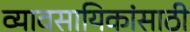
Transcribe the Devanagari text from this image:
व्यावसायिकांसाठी